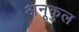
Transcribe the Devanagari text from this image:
अनूकुल